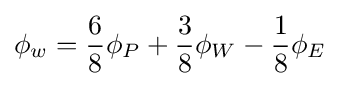
\phi _{w}={\frac {6}{8}}\phi _{P}+{\frac {3}{8}}\phi _{W}-{\frac {1}{8}}\phi _{E}